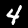
Digit: 4